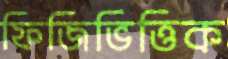
ফিজিভিত্তিক